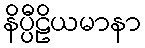
နိပ္ပီဠိယမာနာ